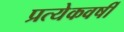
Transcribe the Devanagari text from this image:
प्रत्येकवर्षी